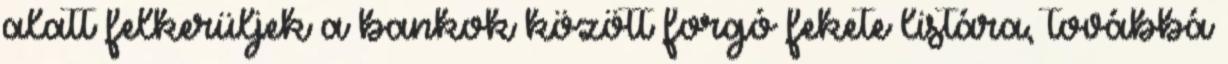
alatt felkerüljek a bankok között forgó fekete listára, továbbá